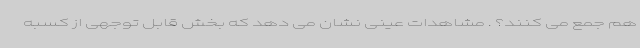
هم جمع می کنند؟ . مشاهدات عینی نشان می دهد که بخش قابل توجهی از کسبه